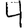
Digit: 4